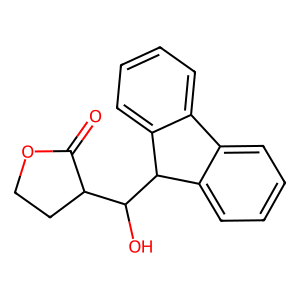
SMILES: O=C1OCCC1C(O)C1c2ccccc2-c2ccccc21
Inhibits HIV replication: No